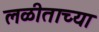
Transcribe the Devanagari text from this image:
लळीताच्या